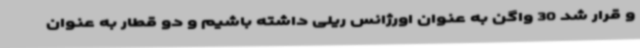
و قرار شد 30 واگن به عنوان اورژانس ریلی داشته باشیم و دو قطار به عنوان